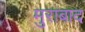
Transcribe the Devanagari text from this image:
मुराबाद